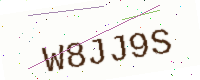
Text: W8JJ9S